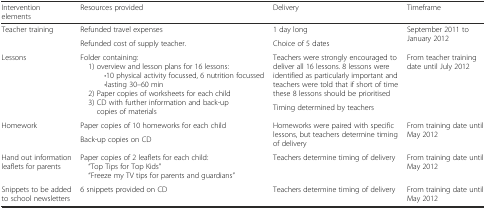
<table><thead><tr><td><b>Intervention elements</b></td><td><b>Resources provided</b></td><td><b>Delivery</b></td><td><b>Timeframe</b></td></tr></thead><tbody><tr><td rowspan="2">Teacher training</td><td>Refunded travel expenses</td><td>1 day long</td><td rowspan="2">September 2011 to January 2012</td></tr><tr><td>Refunded cost of supply teacher.</td><td>Choice of 5 dates</td></tr><tr><td rowspan="2">Lessons</td><td rowspan="2">Folder containing: 1) overview and lesson plans for 16 lessons:<b>·</b>10 physical activity focussed, 6 nutrition focussed<b>·</b>lasting 30–60 min 2) Paper copies of worksheets for each child 3) CD with further information and back-up copies of materials</td><td>Teachers were strongly encouraged to deliver all 16 lessons. 8 lessons were identified as particularly important and teachers were told that if short of time these 8 lessons should be prioritised</td><td rowspan="2">From teacher training date until July 2012</td></tr><tr><td>Timing determined by teachers</td></tr><tr><td rowspan="2">Homework</td><td>Paper copies of 10 homeworks for each child</td><td rowspan="2">Homeworks were paired with specific lessons, but teachers determine timing of delivery</td><td rowspan="2">From training date until May 2012</td></tr><tr><td>Back-up copies on CD</td></tr><tr><td>Hand out information leaflets for parents</td><td>Paper copies of 2 leaflets for each child: “Top Tips for Top Kids” “Freeze my TV tips for parents and guardians”</td><td>Teachers determine timing of delivery</td><td>From training date until May 2012</td></tr><tr><td>Snippets to be added to school newsletters</td><td>6 snippets provided on CD</td><td>Teachers determine timing of delivery</td><td>From training date until May 2012</td></tr></tbody></table>